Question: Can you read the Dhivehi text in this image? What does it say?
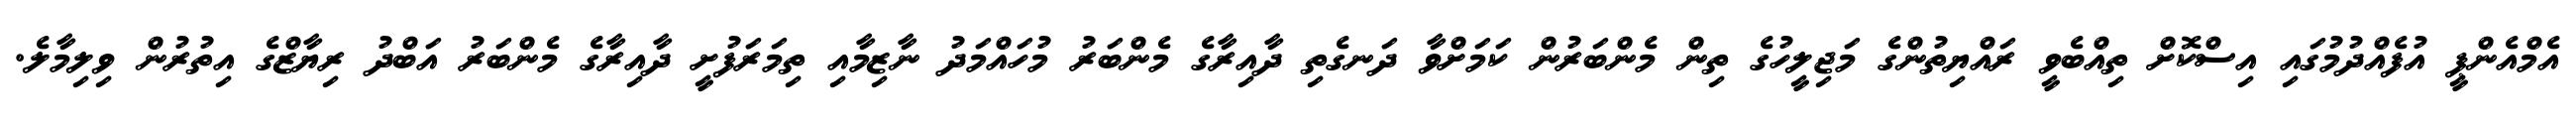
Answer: އެމްއެންޕީ އުފެއްދުމުގައި އިސްކޮށް ތިއްބެވީ ރައްޔިތުންގެ މަޖިލީހުގެ ތިން މެންބަރުން ކަމަށްވާ ދަނގެތި ދާއިރާގެ މެންބަރު މުހައްމަދު ނާޒިމާއި ތިމަރަފުށީ ދާއިރާގެ މެންބަރު އަބްދު ރިޔާޒްގެ އިތުރުން ވިލިމާލެ.